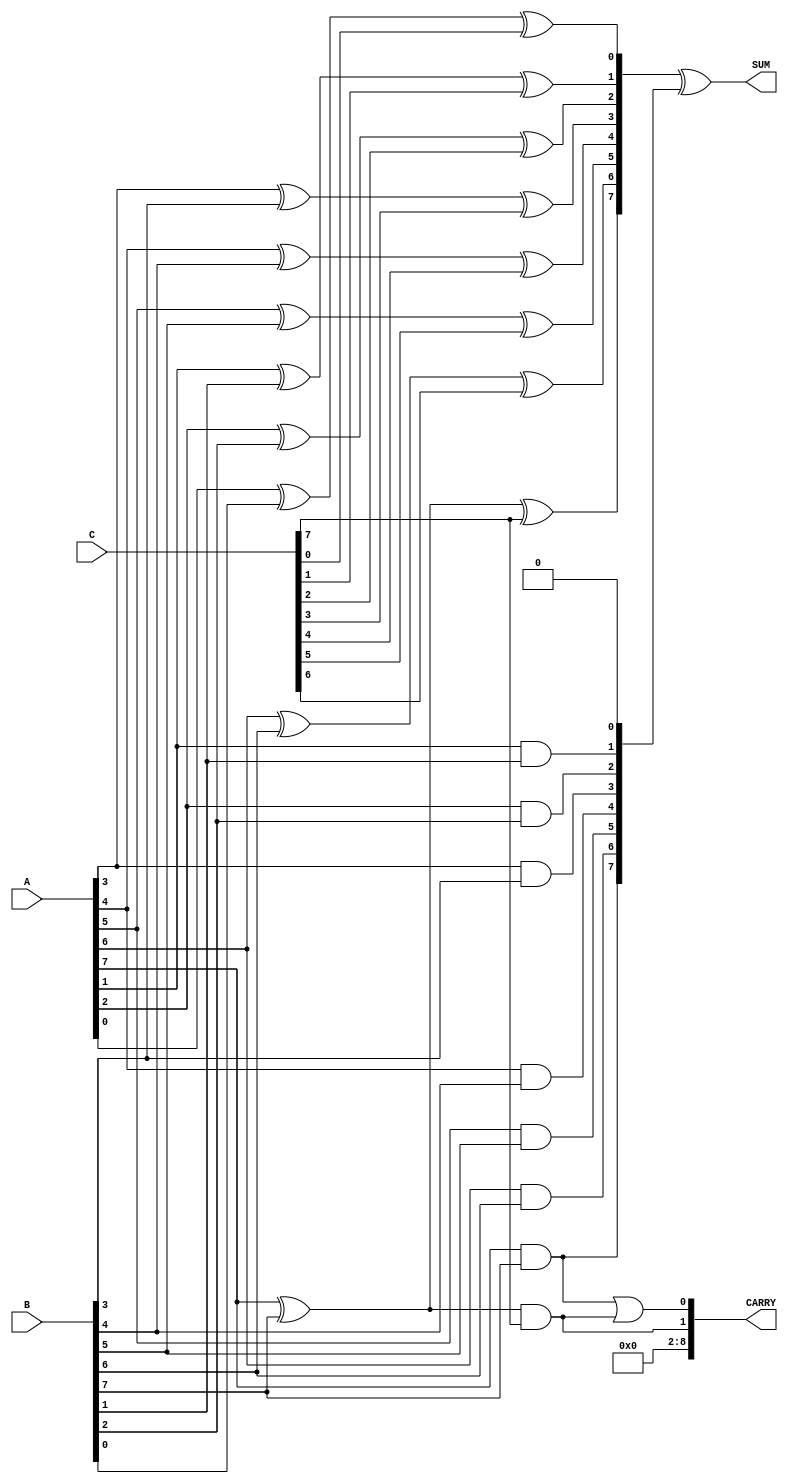
module modified_csa #(
    parameter WIDTH = 8 // Bit-width of the operands
)(
    input  [WIDTH-1:0] A, // Operand A
    input  [WIDTH-1:0] B, // Operand B
    input  [WIDTH-1:0] C, // Operand C
    output [WIDTH-1:0] SUM, // Sum output
    output [WIDTH:0] CARRY // Carry output (WIDTH+1 bits to accommodate overflow)
);

    // Intermediate carries and sums
    wire [WIDTH-1:0] sum1, sum2, carry1, carry2;

    // First stage: Add A and B
    genvar i;
    generate
        for (i = 0; i < WIDTH; i = i + 1) begin : first_stage
            // Full adder for A and B
            assign sum1[i] = A[i] ^ B[i];
            assign carry1[i] = A[i] & B[i];
        end
    endgenerate

    // Second stage: Add the result of A+B with C
    generate
        for (i = 0; i < WIDTH; i = i + 1) begin : second_stage
            // Full adder for (A+B) and C
            assign sum2[i] = sum1[i] ^ C[i];
            assign carry2[i] = sum1[i] & C[i];
        end
    endgenerate

    // Final carry output
    assign CARRY = {carry2[WIDTH-1], carry1[WIDTH-1] | carry2[WIDTH-1]}; // Combine carries
    assign SUM = sum2 ^ {carry1[WIDTH-1:1], 1'b0}; // Final sum output

endmodule